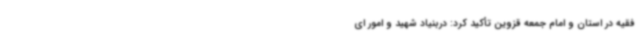
فقیه در استان و امام جمعه قزوین تأکید کرد: دربنیاد شهید و امور ای